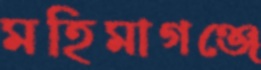
মহিমাগঞ্জে